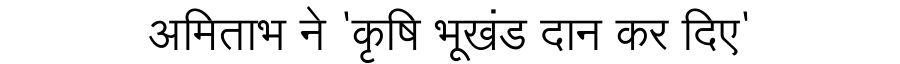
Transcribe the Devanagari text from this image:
अमिताभ ने 'कृषि भूखंड दान कर दिए'